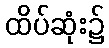
ထိပ်ဆုံး၌